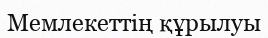
Мемлекеттің құрылуы